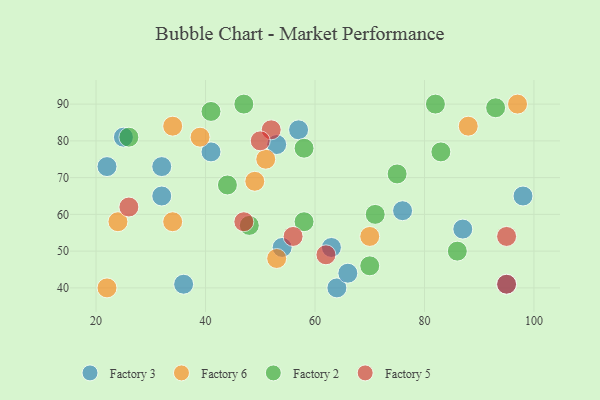
{"axis": {"x": "GDP", "y": "Life Expectancy"}, "legend": ["Factory 2", "Factory 3", "Factory 5", "Factory 6"], "data": [{"x": "25", "y": 81, "type": "Factory 3"}, {"x": "53", "y": 79, "type": "Factory 3"}, {"x": "63", "y": 51, "type": "Factory 3"}, {"x": "32", "y": 65, "type": "Factory 3"}, {"x": "64", "y": 40, "type": "Factory 3"}, {"x": "32", "y": 73, "type": "Factory 3"}, {"x": "76", "y": 61, "type": "Factory 3"}, {"x": "57", "y": 83, "type": "Factory 3"}, {"x": "22", "y": 73, "type": "Factory 3"}, {"x": "36", "y": 41, "type": "Factory 3"}, {"x": "87", "y": 56, "type": "Factory 3"}, {"x": "54", "y": 51, "type": "Factory 3"}, {"x": "98", "y": 65, "type": "Factory 3"}, {"x": "95", "y": 41, "type": "Factory 3"}, {"x": "41", "y": 77, "type": "Factory 3"}, {"x": "66", "y": 44, "type": "Factory 3"}, {"x": "34", "y": 84, "type": "Factory 6"}, {"x": "53", "y": 48, "type": "Factory 6"}, {"x": "51", "y": 75, "type": "Factory 6"}, {"x": "22", "y": 40, "type": "Factory 6"}, {"x": "24", "y": 58, "type": "Factory 6"}, {"x": "49", "y": 69, "type": "Factory 6"}, {"x": "70", "y": 54, "type": "Factory 6"}, {"x": "97", "y": 90, "type": "Factory 6"}, {"x": "88", "y": 84, "type": "Factory 6"}, {"x": "34", "y": 58, "type": "Factory 6"}, {"x": "39", "y": 81, "type": "Factory 6"}, {"x": "58", "y": 78, "type": "Factory 2"}, {"x": "86", "y": 50, "type": "Factory 2"}, {"x": "47", "y": 90, "type": "Factory 2"}, {"x": "41", "y": 88, "type": "Factory 2"}, {"x": "48", "y": 57, "type": "Factory 2"}, {"x": "75", "y": 71, "type": "Factory 2"}, {"x": "44", "y": 68, "type": "Factory 2"}, {"x": "70", "y": 46, "type": "Factory 2"}, {"x": "26", "y": 81, "type": "Factory 2"}, {"x": "58", "y": 58, "type": "Factory 2"}, {"x": "82", "y": 90, "type": "Factory 2"}, {"x": "93", "y": 89, "type": "Factory 2"}, {"x": "71", "y": 60, "type": "Factory 2"}, {"x": "83", "y": 77, "type": "Factory 2"}, {"x": "95", "y": 54, "type": "Factory 5"}, {"x": "52", "y": 83, "type": "Factory 5"}, {"x": "50", "y": 80, "type": "Factory 5"}, {"x": "26", "y": 62, "type": "Factory 5"}, {"x": "47", "y": 58, "type": "Factory 5"}, {"x": "95", "y": 41, "type": "Factory 5"}, {"x": "56", "y": 54, "type": "Factory 5"}, {"x": "62", "y": 49, "type": "Factory 5"}]}